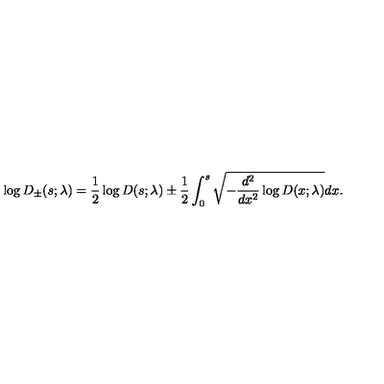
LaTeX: \log D _ { \pm } ( s ; \lambda ) = { \frac { 1 } { 2 } } \log D ( s ; \lambda ) \pm { \frac { 1 } { 2 } } \int _ { 0 } ^ { s } \sqrt { - { \frac { d ^ { 2 } } { d x ^ { 2 } } } \log D ( x ; \lambda ) } d x .